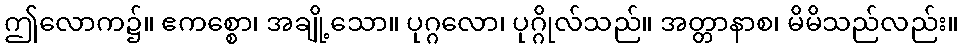
ဤလောက၌။ ဧကစ္စော၊ အချို့သော။ ပုဂ္ဂလော၊ ပုဂ္ဂိုလ်သည်။ အတ္တာနာစ၊ မိမိသည်လည်း။